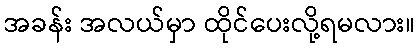
အခန်း အလယ်မှာ ထိုင်ပေးလို့ရမလား။